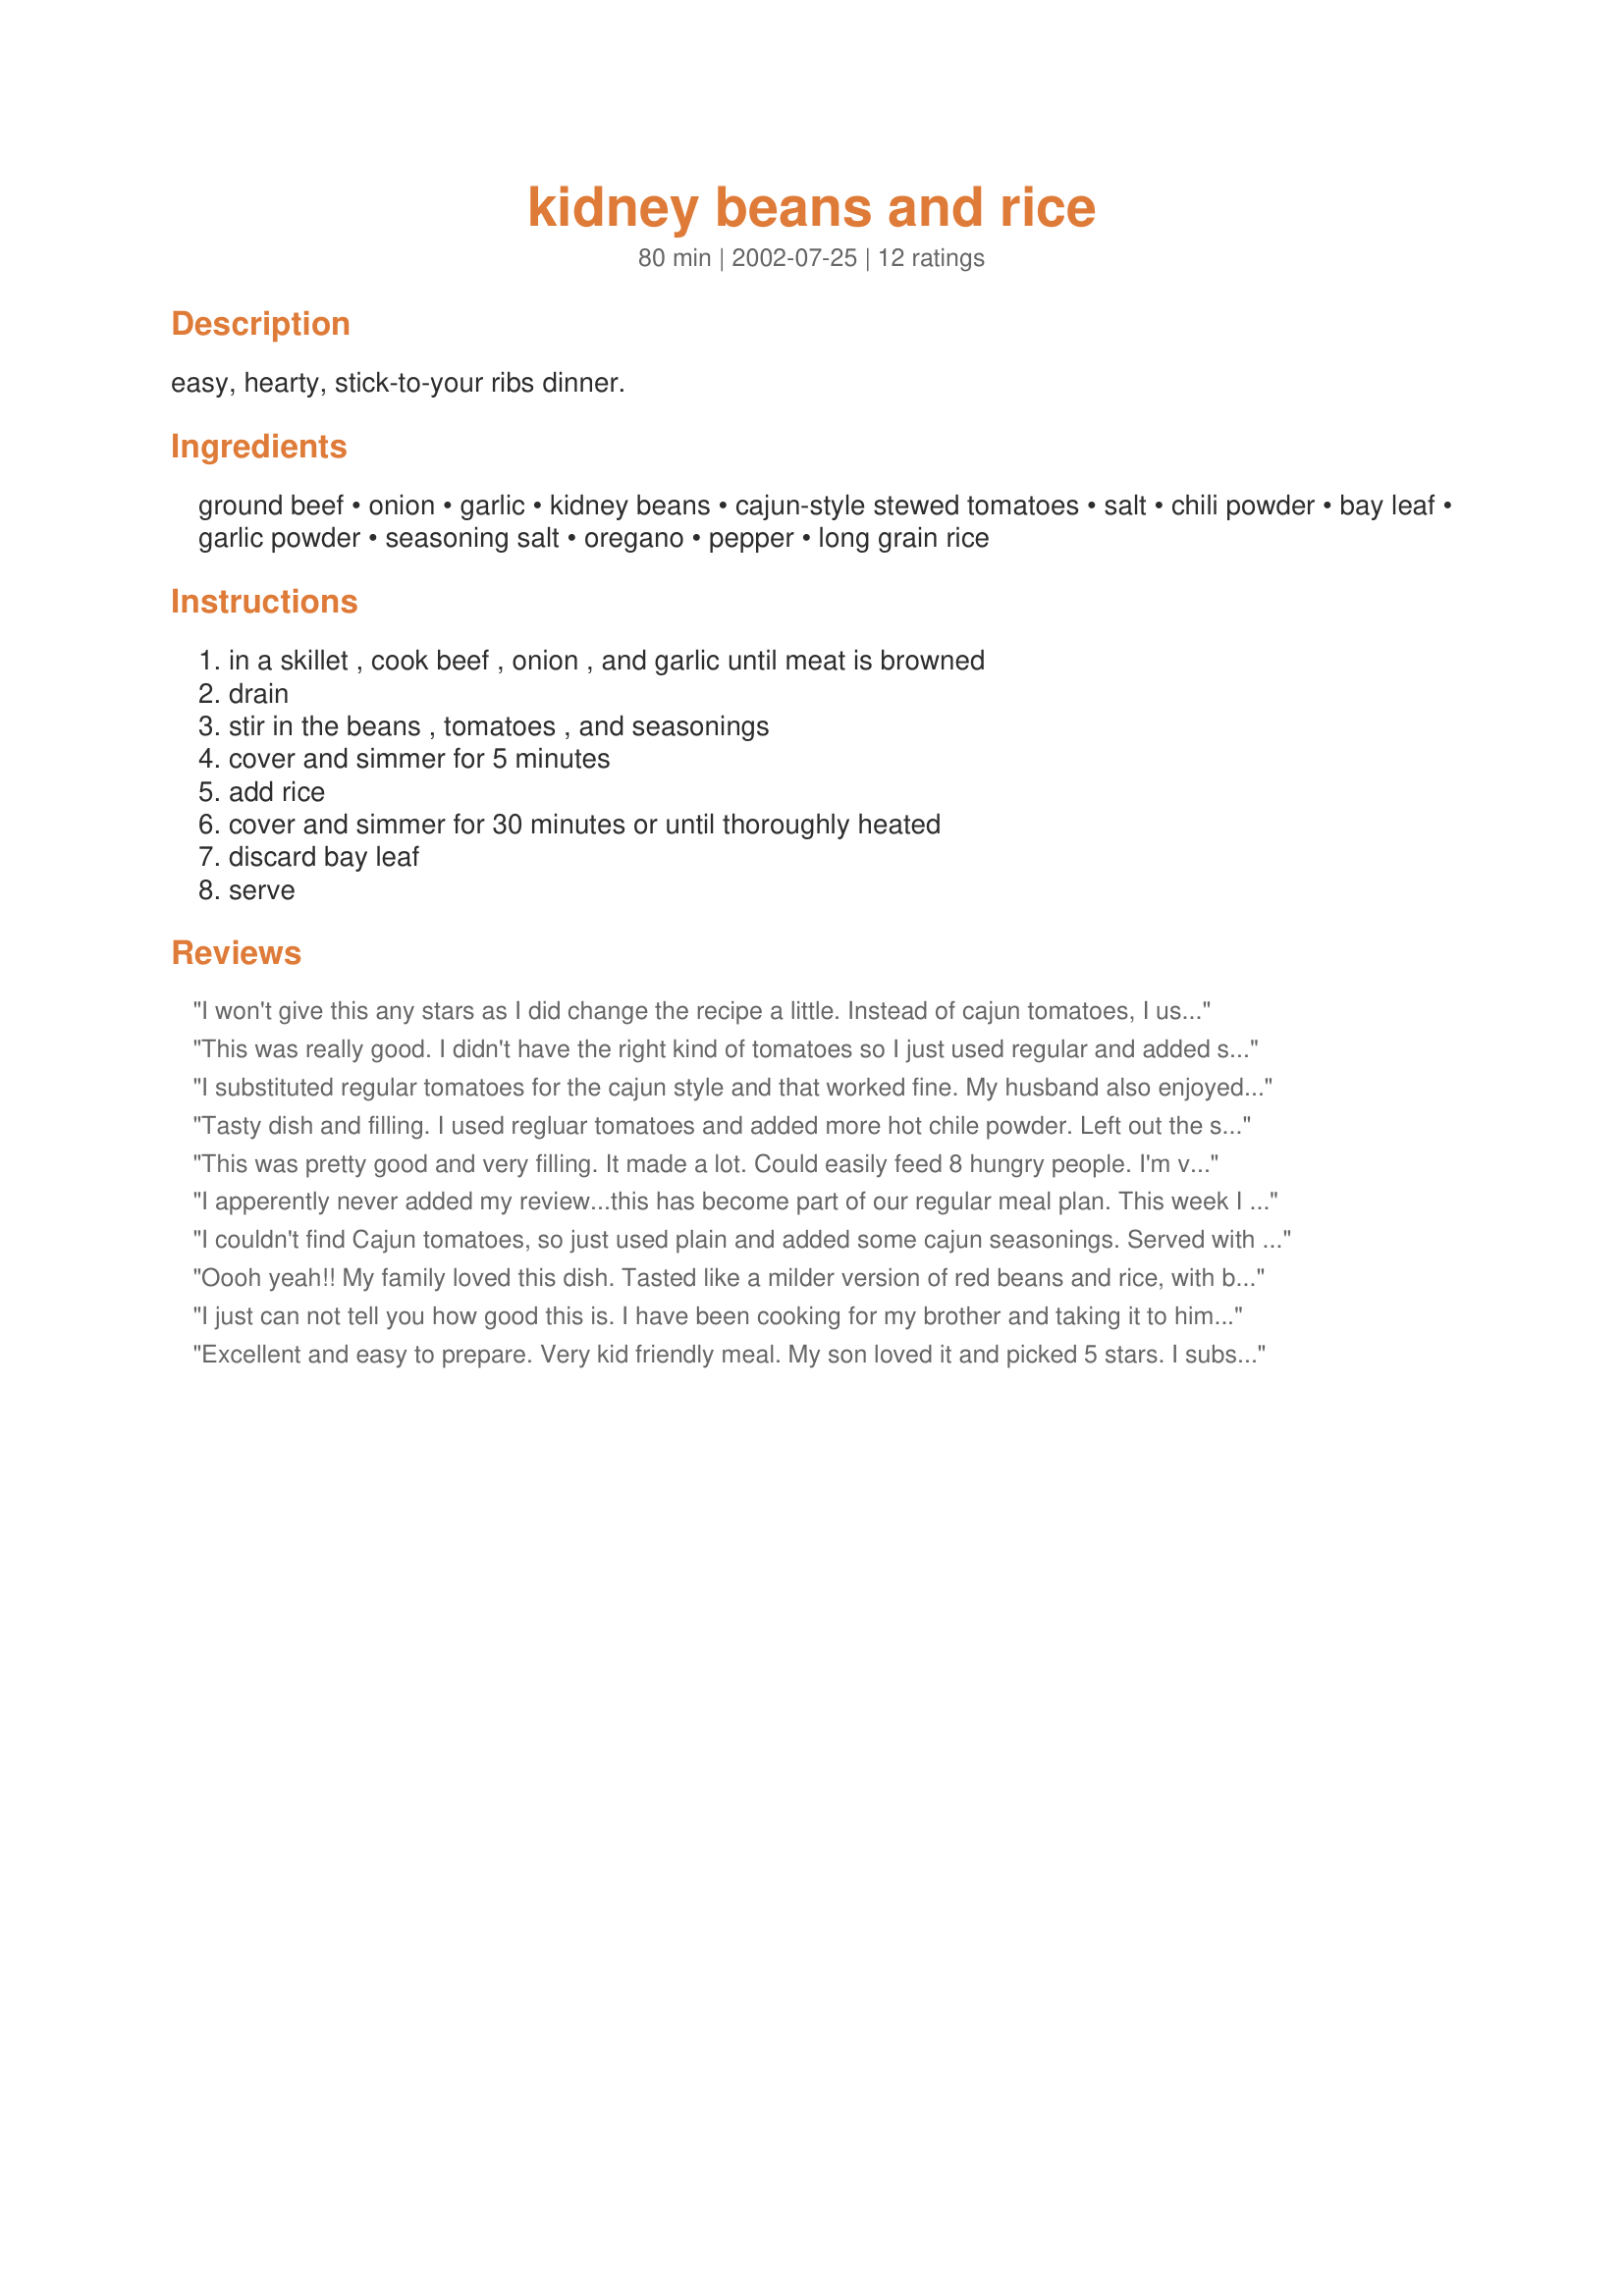
kidney beans and rice
Preparation time: 80 minutes

easy, hearty, stick-to-your ribs dinner.

Ingredients:
ground beef, onion, garlic, kidney beans, cajun-style stewed tomatoes, salt, chili powder, bay leaf, garlic powder, seasoning salt, oregano, pepper, long grain rice

Steps:
in a skillet , cook beef , onion , and garlic until meat is browned, drain, stir in the beans , tomatoes , and seasonings, cover and simmer for 5 minutes, add rice, cover and simmer for 30 minutes or until thoroughly heated, discard bay leaf, serve

Reviews:
I won't give this any stars as I did change the recipe a little. Instead of cajun tomatoes, I used a can of rotel, and melted shredded cheddar cheese on top before serving. Served with corn and corn bread, this was a quick, delicious meal that the whole family loved. Thanks for sharing.
This was really good. I didn't have the right kind of tomatoes so I just used regular and added some cayenne. It was quick and easy and the kids liked it. Kind of reminded me of red beans and rice but toned down. Thanks rather, yet another awesome recipe.
I substituted regular tomatoes for the cajun style and that worked fine. My husband also enjoyed this dish. It's simple, easy and delicious.
Tasty dish and filling. I used regluar tomatoes and added more hot chile powder. Left out the salt and seasoning salt. It's a keeper.
This was pretty good and very filling. It made a lot. Could easily feed 8 hungry people. I'm vegetarian so I substituted morning star farm griller crumbles for the ground beef. I didn't have any cajun-style stewed tomatoes so I used regular tomatoes and added cajun seasoning. I didn't want it to be too salty so I left out the seasoning salt, since the cajun seasoning had salt in it. 
I liked the idea to use the left overs for enchilada filling.
I apperently never added my review...this has become part of our regular meal plan. This week I tried it as an oven casserole. Everything stayed the same except the rice. I sprayed my casserole dish, poured in two cups of uncooked long grain rice (non-instant), two cans of beef broth and then the remainder of the ingredients as stated in original recipe. Normally oven rice is baked for an hour, but I was distracted so I'm not sure what I messed up...it was still very soupy. Then I overcooked it a wee bit but was still very tasty. Way too much made for two adults and a preschooler so today I morphed it into a soup for a potluck. I added two cans of beef broth and a can of water, a can of black beans (drained), another can of tomatoes and a can of diced green chiles. Due to time I did it on the stove then put it in the crockpot to keep it to temp.

Wanted to share so y'all could see how very versatile this recipe has become for our family!
I couldn't find Cajun tomatoes, so just used plain and added some cajun seasonings. Served with sour cream and cheese. We enjoyed it a lot.
Oooh yeah!! My family loved this dish. Tasted like a milder version of red beans and rice, with beef instead of sausage. Very good and an easy to make recipe. Made a hearty meal and the left-overs were taken care of the next day with no problem. Thanks.
I just can not tell you how good this is. I have been cooking for my brother and taking it to him and we had a very good meal with a bowl of salad to go with it. We still have leftovers...I just know this will freeze very well. We will have another great dinner soon. Thank You for a wonderful dinner. Hugs
Excellent and easy to prepare. Very kid friendly meal. My son loved it and picked 5 stars. I substituted ground turkey since that's what I had on hand. Also used regular tomatoes, just added cajun seasoning to taste. Thanks!
Delicious!! In spite of not pre-cooking the rice, I still ended up with a wonderful meal! I had some celery to use up and threw that in with the onion. I couldn&#039;t find Cajun tomatoes, so used salt-free Cajun seasoning. By the time it came to adding the rice, I realized I hadn&#039;t cooked the rice. I added two cups of chicken broth to the mix, brought it to boiling and stirred in one cup of rice. Covered, reduced the heat and let it simmer for 20 minutes. It was fantastic and we enjoyed it very much! Di, thank you again for yet another great recipe!
This was good! I misread that the rice should be cooked, eek. So I ended up having to simmer for quite a bit longer, adding water to get it to cook. Fortunately, I had only used one cup of rice! My husband enjoyed this, but I just thought it was okay. I used the leftovers as filling for enchilads with a chili cream sauce. Again, not earth-shattering but well received. It's not likely that I will make this again despite my blunder.
